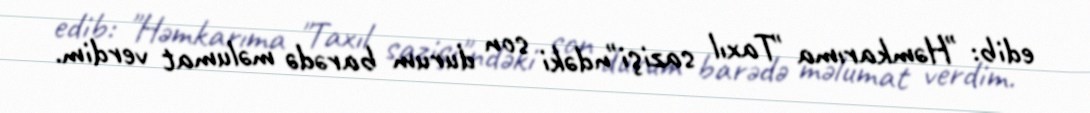
edib: "Həmkarıma "Taxıl sazişi"ndəki son durum barədə məlumat verdim.